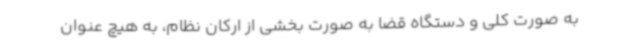
به صورت کلی و دستگاه قضا به صورت بخشی از ارکان نظام، به هیچ عنوان